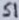
Text: S1